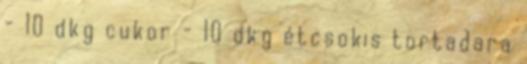
- 10 dkg cukor - 10 dkg étcsokis tortadara